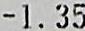
-1.35